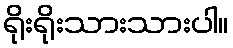
ရိုးရိုးသားသားပါ။